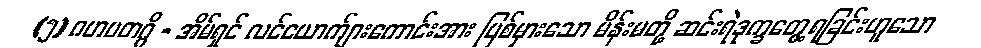
(၅) ဂဟပတဂ္ဂိ - အိမ်ရှင် လင်ယောက်ျားကောင်းအား ပြစ်မှားသော မိန်းမတို့ ဆင်းရဲဒုက္ခတွေ့ရခြင်းဟူသော